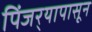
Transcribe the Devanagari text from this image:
पिंजर्‍यापासून